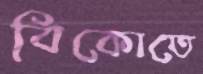
বিকোতে